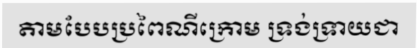
តាមបែបប្រពៃណីក្រោម ទ្រង់ទ្រាយជា